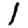
Digit: 1